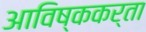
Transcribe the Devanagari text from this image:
आविष्ककर्ता